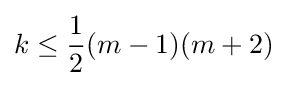
k\leq {\frac {1}{2}}(m-1)(m+2)